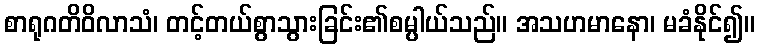
စာရုဂတိဝိလာသံ၊ တင့်တယ်စွာသွားခြင်း၏စမ္ပါယ်သည်။ အသဟမာနော၊ မခံနိုင်၍။